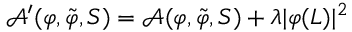
\mathcal { A } ^ { \prime } ( \varphi , \tilde { \varphi } , S ) = \mathcal { A } ( \varphi , \tilde { \varphi } , S ) + \lambda \vert \varphi ( L ) \vert ^ { 2 }